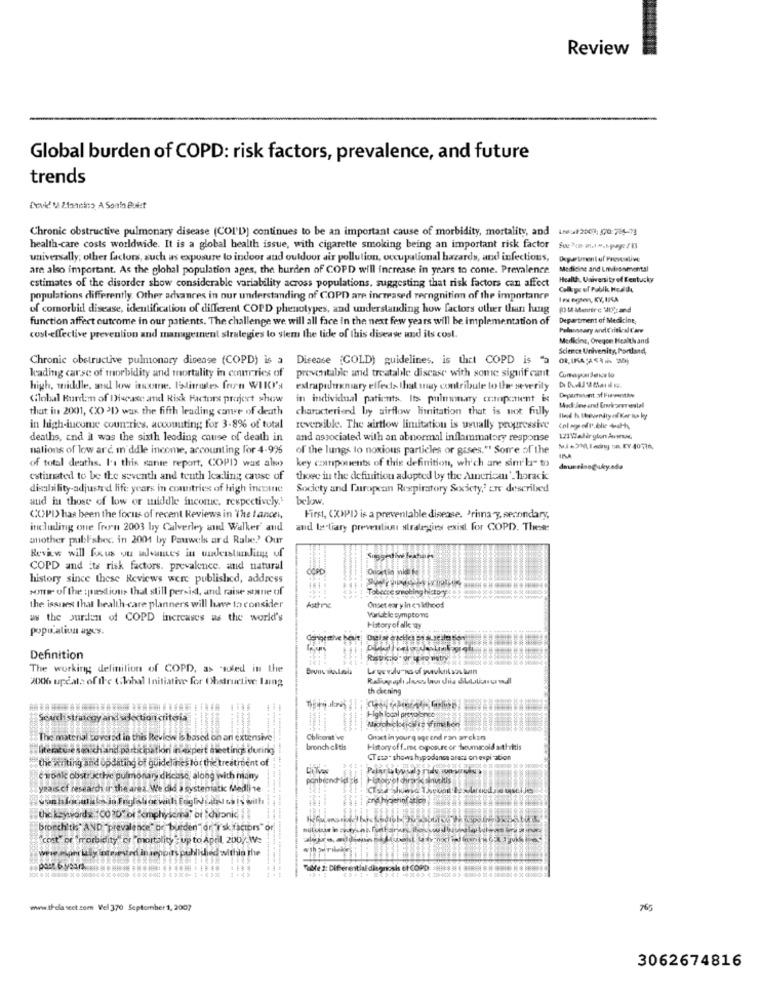
Review
Global burden of COPD: risk factors, prevalence, and future
trends
Devid! M &acinco, A Sonin Buist
Chronic obstructive pulmonary disease (COI'D) continues to be an important cause of morbidity, mortality, and itut2009; (00:786-73
health-care costs worldwide. It is a global health issue, with cigarette smoking being an important risk factor
universally; other factors, such as exposure to indoor and outdoor air pollution, occupational hazards, and infections,
Department of Provesalive
are also important. As the global population ages, the burden of COPD will increase in years to come. Prevalence.
Medicine and Environmental
estimates of the disorder show considerable variability across populations, suggesting that risk factors can affect
Health, University of Kentucky
Coll ge ul Poblk Hodlde
populations differently. Other advances in our understanding of COPD are increased rerngnition of the importance
I ea ngren, KY, IKA
of comorbid disease, identification of different COPD phenotypes, and understanding how factors other than hang
function affect outcome in our patients. The challenge we will all face in the next few years will be implementation of
Department of Medicine,
Palnossary and Critical Care
cost-effective prevention and management strategies lo stem the lide of this disease und its cost.
Medicine, Oregon Health and
Science University, Portland,
Chronic obstructive pulmonary disease (COPD) is a
Disease (COLD) guidelines, is that COPD is "a
kading carse of morbidity and mortality in countries of
preventable and treatable disease with some siguif cant
high, middle, and low itsxane. UMlitroles fron WHO's
extrapulmonary effects that may contribute to the severity
Global Burda of Disease and Risk Factors project show
in individual patients. Its pulmonary coatopenent is
Depertinent of FueventAN
that in 2001, (0) 3D) was the fifth leading came of death
characterized by airflow limitation that is not fully
Med ineand Enrirarerestal
in high-income countries, accounting for 3-8% of total
reversible. The airflow limitation is weually progressive
deaths, and il was the sixth leading cause of death in
and associated with an abnormal inflammatory response
121 Valir gion Jours
nations of low arc. i'ddle income, accounting for 4-9%
of the lungs lo noxious particles or gases." Some of the
of total deaths. I's this sante report, COPI) was also
key components of this definition, which are sim'la" to
INA
deunnino@uky.eda
estimated to be the seventh and teuth leading cause of
thoec in the definition adopted by the American', horacic
disability-adjusted life years in countries of high incine
Society and faropcan Respiratory Sexicty,' are described
and in those of low or middle income, respectively.'
below.
COPD) has been the focus of recent Reviews in The lancet,
First, (XXXPPI) is a preventable disease. Primna y, secondary,
including one fron 2003 by Calverley and Walker' and
and tertiary prevention strategies exist for COPD. Thes:
another publishes. in 2004 by Pauwels ard Rabe .? Our
Review will fixus ou advances in understanding uf
COPD and its risk factors. prevalence. and natural
COPD
history since these Reviews were published, address
some of the :pextions that still persist, and raise stane of
Tobecce smoking histogat
the issues that health-care planners will have to consider
Asthine
Onset ear y in en lihood
ww the purden of COPD increases as the world's
Varlat le symptoms
population ages.
History of alk ay
Definition
Rastri.lo" or teiro wetry'
The working definition of COPD, as -soled in the
2006 upcals of ile Global Initiative for Obstructive laing
th doening
Seuchistrancay and lectioncriteria
+gh local presoonce
-- - --....
The material covered in this Review 6 based on an extensive
Oblicoret've
Onset in yourq age and ran arckan
literature swoich and participation in expert meetings during
bronch clitis
History of f.mc ogposure or theumacold arthritis
CT sta- shows hypodanse aracs on expi ation
the writing and opdating of guidelines to ( the treatment of
e wonke obstr kthe pulmonary disease, along with many
ponbeend-la gis |
Hipomot chiraric sinusitis
years.of research ur the arez. We did a systematic Medline
And hyperinf stich
the keywords :00?D" or"emphysema of chronic
bronchitis" AND "prevalence" ge burden"for 'sk factors"
"cost" or morbidity or mortality: up to April 200/ We
Tofe 2: Differentialdiagnosis of COPD);
www.thelancet.com Vel 370 September 1, 2007
765
3062674816